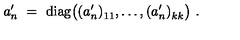
a _ { n } ^ { \prime } \ = \ \mathrm { d i a g } \big ( ( a _ { n } ^ { \prime } ) _ { 1 1 } ^ { } , \ldots , ( a _ { n } ^ { \prime } ) _ { k k } ^ { } \big ) \ .